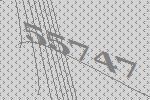
55747